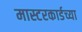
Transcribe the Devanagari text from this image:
मास्टरकार्डच्या